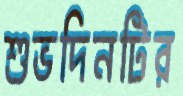
শুভদিনটির